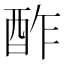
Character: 酢